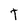
Character: T